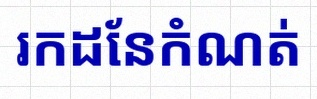
រកដែនកំណត់